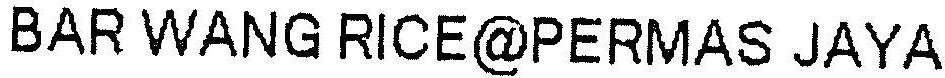
BAR WANG RICE@PERMAS JAYA